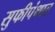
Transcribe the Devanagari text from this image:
सुफीपंथात